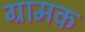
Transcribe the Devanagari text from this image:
ग्रामक